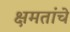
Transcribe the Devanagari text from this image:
क्षमतांचे